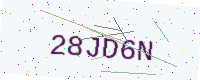
Text: 28JD6N